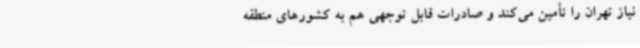
نیاز تهران را تأمین می‌کند و صادرات قابل توجهی هم به کشورهای منطقه